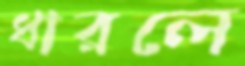
ধারলে